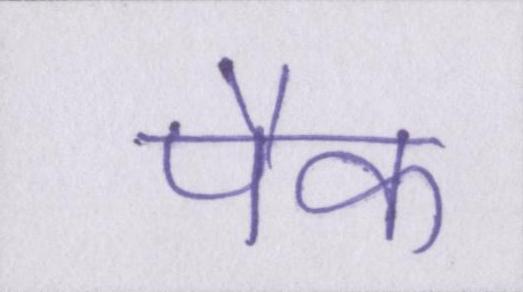
पैक